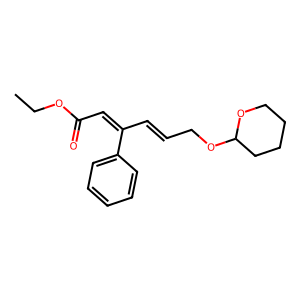
SMILES: CCOC(=O)C=C(C=CCOC1CCCCO1)c1ccccc1
Inhibits HIV replication: No